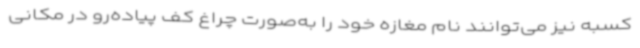
کسبه نیز می‌توانند نام مغازه خود را به‌صورت چراغ کف پیاده‌رو در مکانی